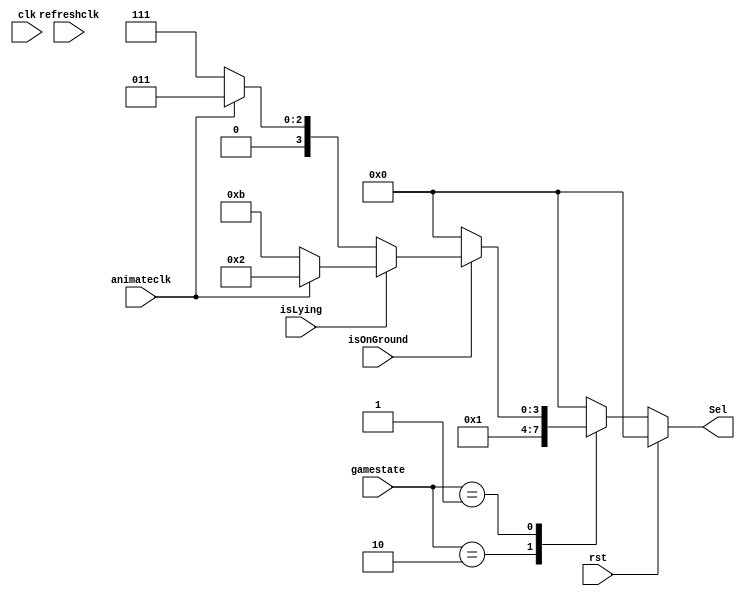
module AnimateFSM(
    input clk,
    input rst,
    input animateclk,
    input refreshclk,
    input [1:0]gamestate,
    input isOnGround,
    input isLying,
    output [3:0]Sel
  );

reg [3:0]AnimateSel;

  localparam UnBegin = 2'b00;
  localparam Running = 2'b01;
  localparam Dead = 2'b10;

  localparam DinoDefault = 4'b0000;
  localparam DinoDuckL = 4'b0010;
  localparam DinoDuckR = 4'b1011;
  localparam DinoDead = 4'b0001;
  localparam DinoRunL = 4'b0011;
  localparam DinoRunR = 4'b0111;

  always @(*) begin
    if(rst)begin        //reset to default state
        AnimateSel<=4'b0000;
    end

    else begin
        case (gamestate)
            UnBegin:begin   //reset to default state
                AnimateSel<=DinoDefault;
            end 
            Dead:begin      //when dead ,set to dead state
               AnimateSel<=DinoDead; 
            end
            Running:begin
                if(~isOnGround)     //when jumping ,set to default state
                    AnimateSel<=DinoDefault;
                else if(isLying)begin
                    if(animateclk)   //switching between left and right according to animate clock
                        AnimateSel<=DinoDuckL;
                    else AnimateSel<=DinoDuckR;
                end
                else begin
                    if(animateclk)   //switching between left and right according to animate clock
                        AnimateSel<=DinoRunL;
                    else AnimateSel<=DinoRunR; 
                end
            end
            default: begin
                AnimateSel<=DinoDefault;
            end
        endcase
    end
  end

  assign Sel=AnimateSel;
endmodule